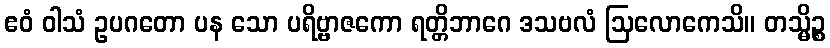
ဧဝံ ဝါသံ ဥပဂတော ပန သော ပရိဗ္ဗာဇကော ရတ္တိဘာဂေ ဒသဗလံ ဩလောကေသိ။ တသ္မိဉ္စ